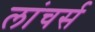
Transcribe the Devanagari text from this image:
लांचर्स